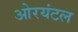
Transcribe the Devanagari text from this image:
ओरयंटल